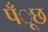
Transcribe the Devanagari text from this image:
पँूछ